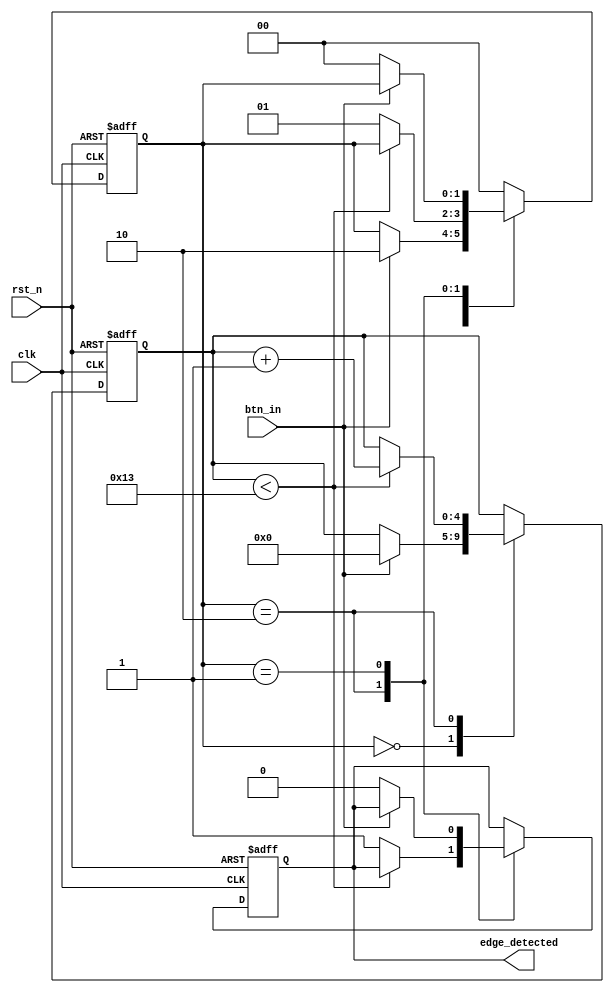
module DebouncedEdgeDetector (
    input wire clk,              // Clock signal
    input wire rst_n,            // Active low reset
    input wire btn_in,           // Input signal (button)
    output reg edge_detected     // Output signal indicating edge detection
);

    // Parameters
    parameter DEBOUNCE_TIME = 20; // Debounce time in clock cycles

    // State registers
    reg [1:0] state;              // Current and previous state of the button
    reg [4:0] debounce_counter;   // Counter for debounce timing

    // State encoding
    localparam IDLE = 2'b00;
    localparam STABLE = 2'b01;
    localparam DEBOUNCE = 2'b10;

    // Initial state
    initial begin
        state = IDLE;
        edge_detected = 0;
        debounce_counter = 0;
    end

    // Main process
    always @(posedge clk or negedge rst_n) begin
        if (!rst_n) begin
            // Reset state
            state <= IDLE;
            edge_detected <= 0;
            debounce_counter <= 0;
        end else begin
            case (state)
                IDLE: begin
                    // Wait for a stable signal
                    if (btn_in) begin
                        // Button pressed, move to debounce state
                        state <= DEBOUNCE;
                        debounce_counter <= 0;
                    end
                end

                DEBOUNCE: begin
                    // Increment debounce counter
                    if (debounce_counter < DEBOUNCE_TIME - 1) begin
                        debounce_counter <= debounce_counter + 1;
                    end else begin
                        // Debounce time has elapsed
                        state <= STABLE;
                        edge_detected <= 1; // Edge detected
                    end
                end

                STABLE: begin
                    // Wait for the button to be released
                    if (!btn_in) begin
                        // Button released, reset edge detection
                        edge_detected <= 0;
                        state <= IDLE; // Go back to idle state
                    end
                end

                default: state <= IDLE; // Default case
            endcase
        end
    end

endmodule